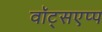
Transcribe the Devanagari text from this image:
वॉट्सएप्प